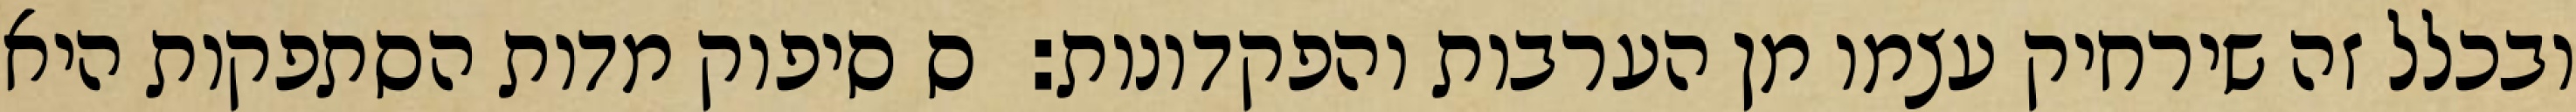
ובכלל זה שירחיק עצמו מן הערבות והפקדונות:  ס סיפוק מדות הסתפקות היא